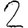
Digit: 2